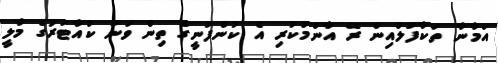
އަމާނާ ތަކާފުލްއިން ރޭ އާންމުކުރި އެ ކުންފުނީގެ ތިން ވަނަ ކުއާޓަރުގެ މާލީ